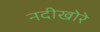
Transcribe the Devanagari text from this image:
नदीखोरे